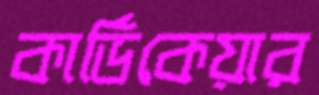
কার্ডিকেয়ার